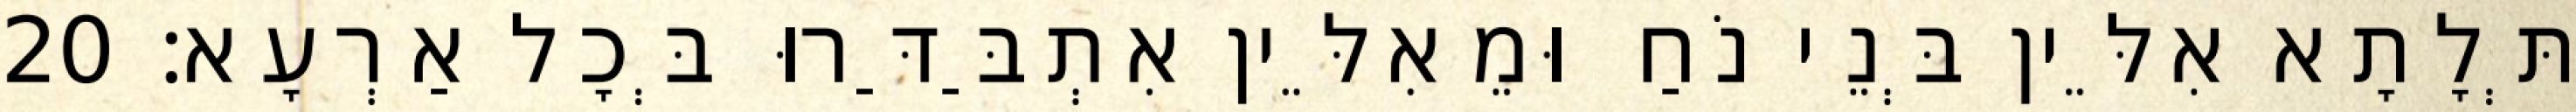
תְּלָתָא אִלֵּין בְּנֵי נֹחַ וּמֵאִלֵּין אִתְבַּדַּרוּ בְּכָל אַרְעָא׃ 20